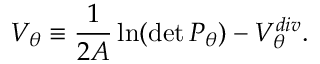
V _ { \theta } \equiv { \frac { 1 } { 2 { \cal A } } } \, { \ln } ( \operatorname * { d e t } P _ { \theta } ) - V _ { \theta } ^ { d i v } .